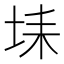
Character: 𡋃